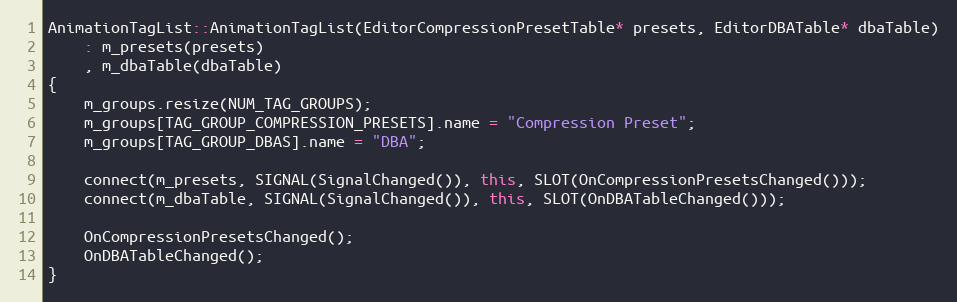
Language: C++
AnimationTagList::AnimationTagList(EditorCompressionPresetTable* presets, EditorDBATable* dbaTable)
	: m_presets(presets)
	, m_dbaTable(dbaTable)
{
	m_groups.resize(NUM_TAG_GROUPS);
	m_groups[TAG_GROUP_COMPRESSION_PRESETS].name = "Compression Preset";
	m_groups[TAG_GROUP_DBAS].name = "DBA";

	connect(m_presets, SIGNAL(SignalChanged()), this, SLOT(OnCompressionPresetsChanged()));
	connect(m_dbaTable, SIGNAL(SignalChanged()), this, SLOT(OnDBATableChanged()));

	OnCompressionPresetsChanged();
	OnDBATableChanged();
}